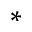
^ *